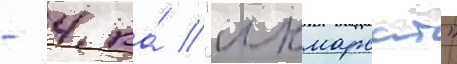
- 4 ка́ "инмарсат"